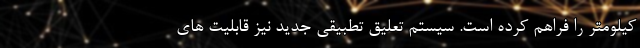
کیلومتر را فراهم کرده است. سیستم تعلیق تطبیقی جدید نیز قابلیت های